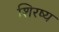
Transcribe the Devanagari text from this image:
शिरष्य